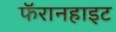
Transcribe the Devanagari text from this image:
फॅरानहाइट